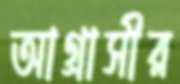
আগ্রাসীর